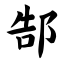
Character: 郜